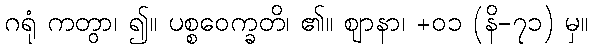
ဂရုံ ကတွာ၊ ၍။ ပစ္စဝေက္ခတိ၊ ၏။ ဈာနာ၊ +၀၁ (နိ-၇၁) မှ။